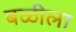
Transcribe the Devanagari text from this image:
बळीला